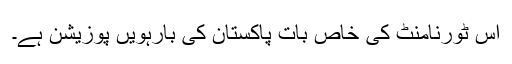
اِس ٹورنامنٹ کی خاص بات پاکستان کی بارہویں پوزیشن ہے۔